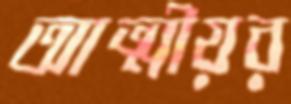
আত্মীয়র